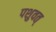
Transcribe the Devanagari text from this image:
पशुवत्